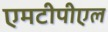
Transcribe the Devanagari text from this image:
एमटीपीएल